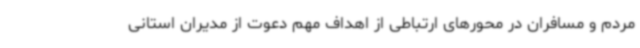
مردم و مسافران در محورهای ارتباطی از اهداف مهم دعوت از مدیران استانی